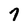
Character: 7